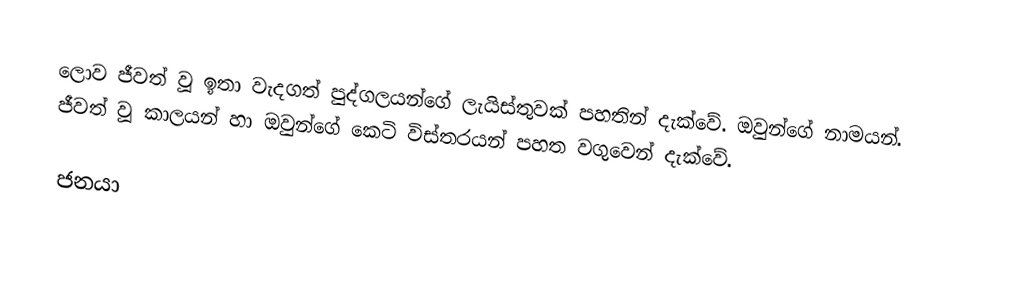
ලොව ජීවත් වූ ඉතා වැදගත් පුද්ගලයන්ගේ ලැයිස්තුවක් පහතින් දැක්වේ. ඔවුන්ගේ නාමයන්. ජීවත් වූ කාලයන් හා ඔවුන්ගේ කෙටි විස්තරයන් පහත වගුවෙන් දැක්වේ.

ජනයා